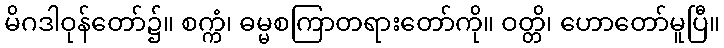
မိဂဒါဝုန်တော်၌။ စက္ကံ၊ ဓမ္မစကြာတရားတော်ကို။ ဝတ္တိ၊ ဟောတော်မူပြီ။